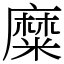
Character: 糜